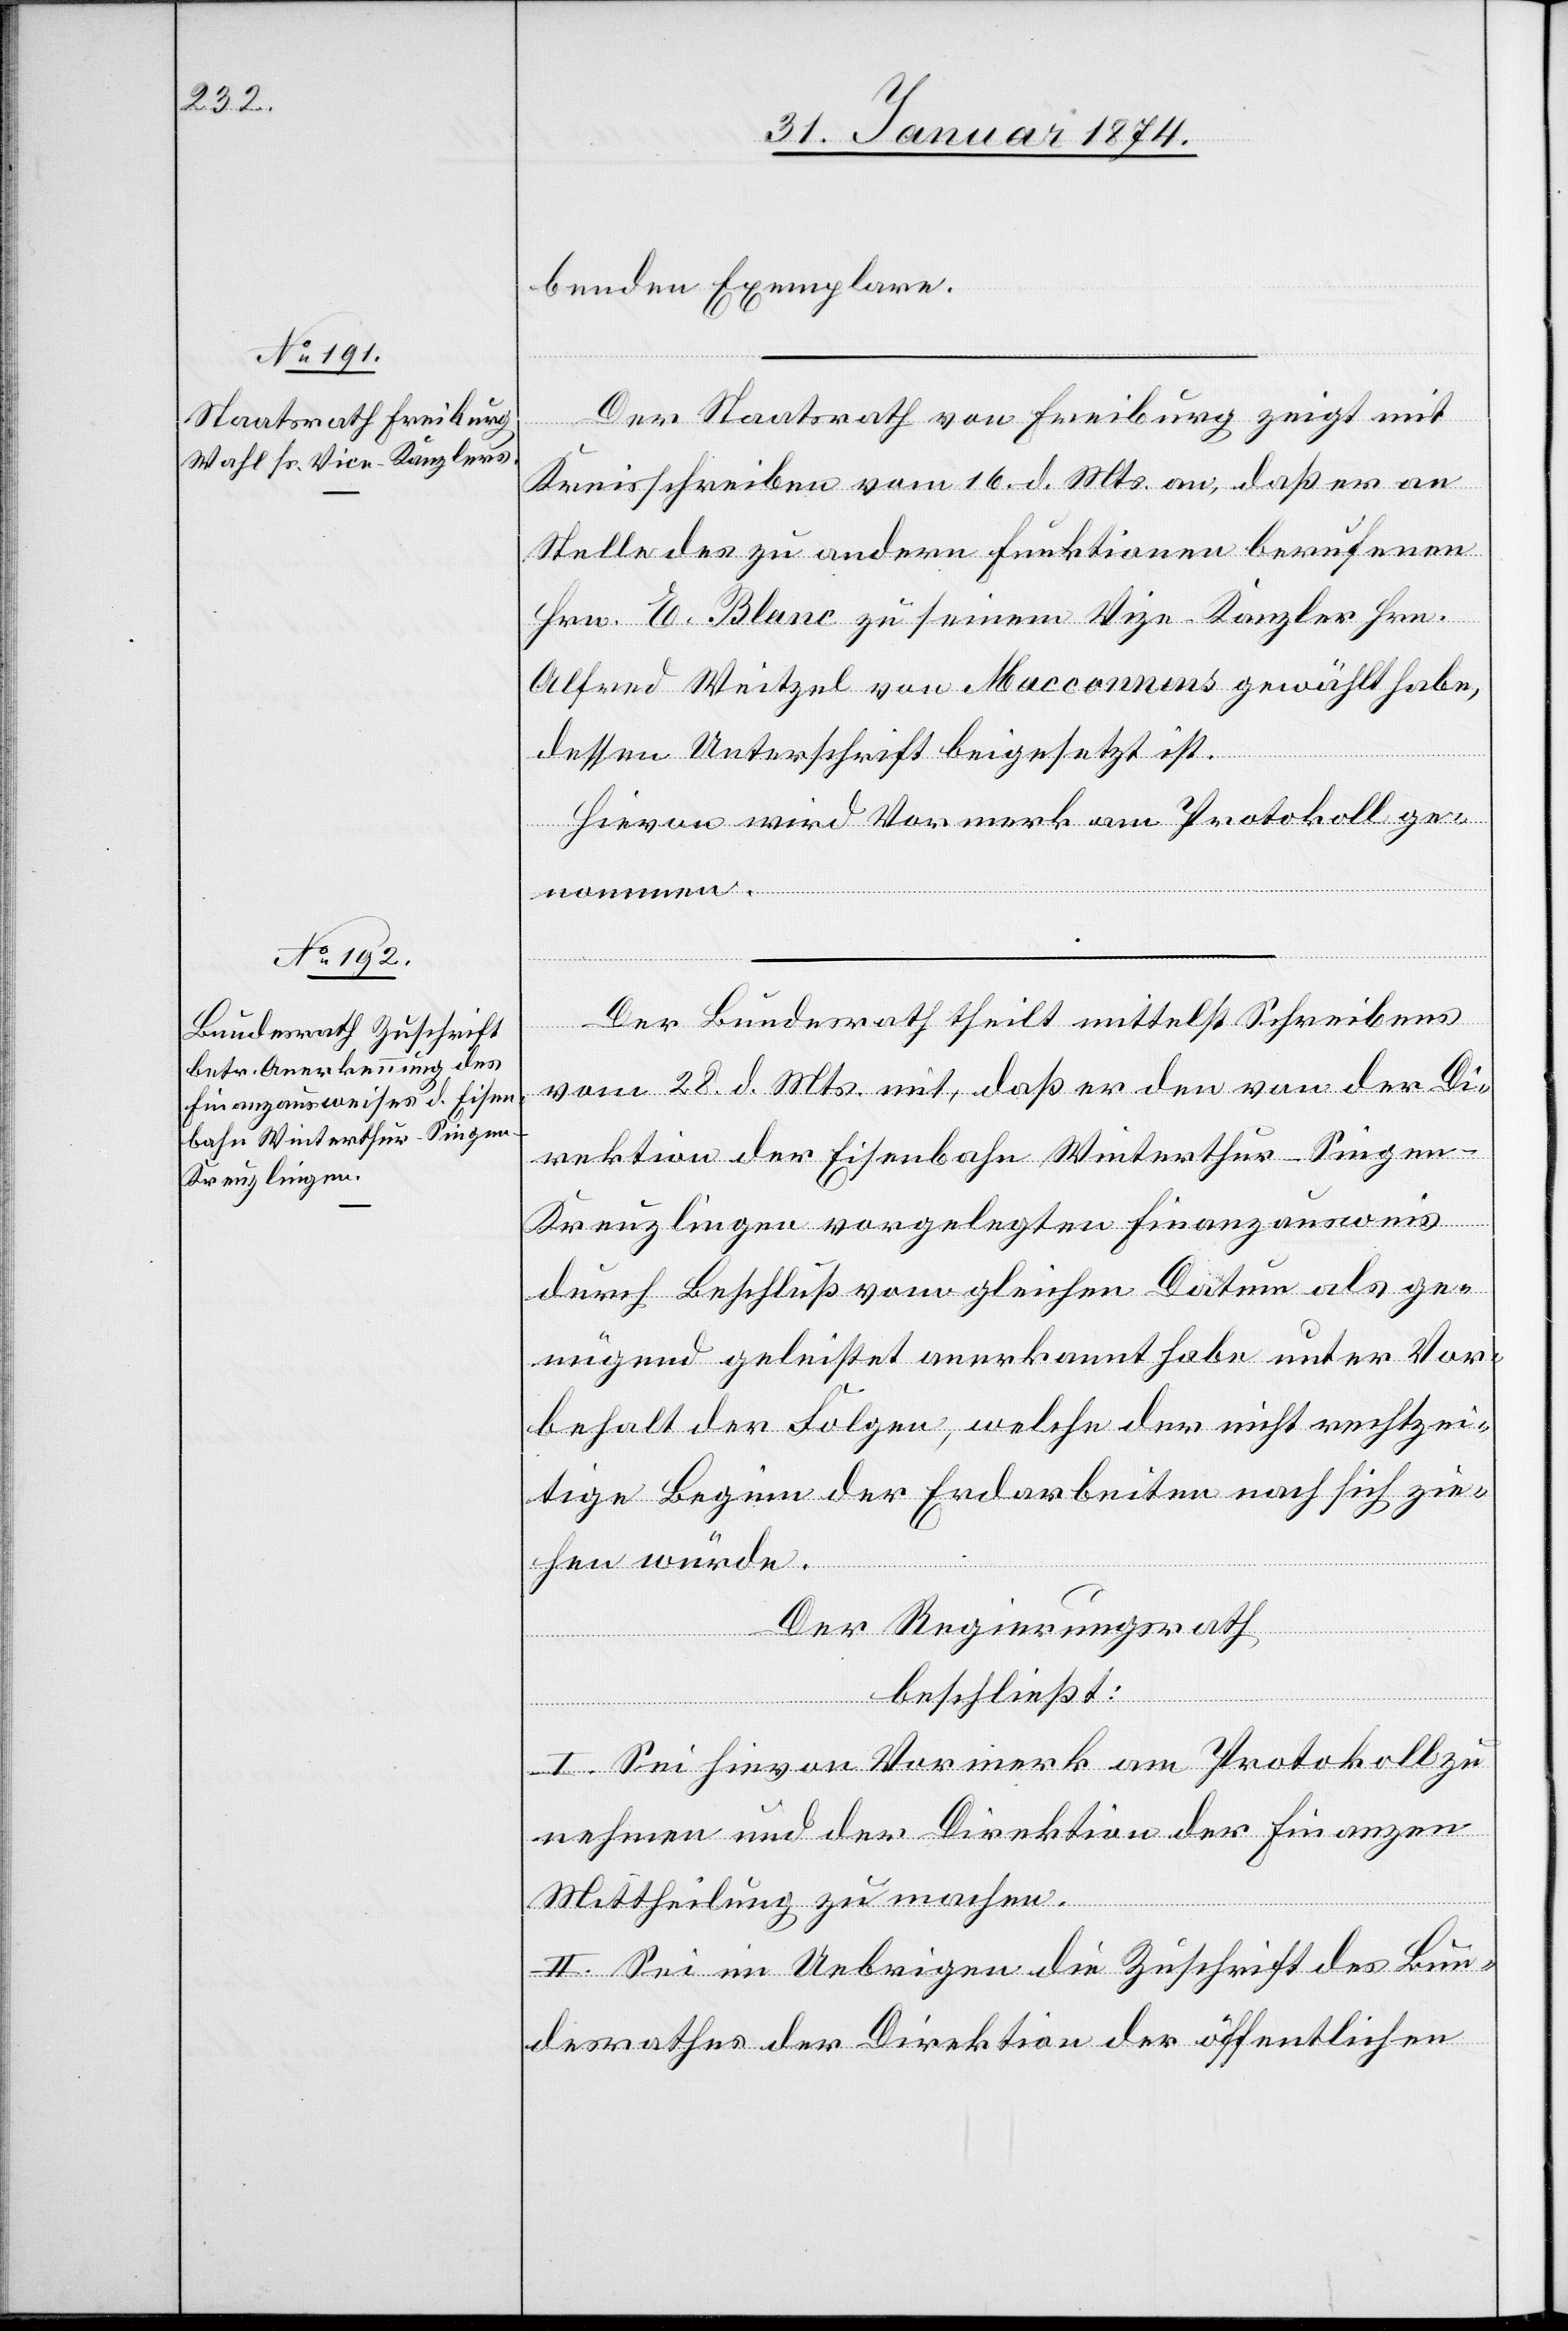
benden Exemplaren.
Der Staatsrath von Freiburg zeigt mit
Kreisschreiben vom 16. d. Mts. an, daß er an
Stelle des zu andern Funktionen berufenen
Hrn. Blanc zu seinem Vize-Kanzler Hrn.
Alfred Weitzel von Macconnens gewählt habe,
dessen Unterschrift beigesetzt ist.
Hievon wird Vormerk am Protokoll ge¬
Der Bundesrath theilt mittelst Schreibens
nommen.
vom 28. d. Mts. mit, daß er den von der Di¬
rektion der Eisenbahn Winterthur-Singe¬
n-Kreuzlingen vorgelegten Finanzausweis
durch Beschluß vom gleichen Datum als ge¬
nügend geleistet anerkannt habe unter Vor¬
behalt der Folgen, welche der nicht rechtzei¬
tige Beginn der Erdarbeiten nach sich zie¬
hen würde.
Der Regierungsrath
beschließt:
I. Sei hievon Vormerk am Protokoll zu
nehmen und der Direktion der Finanzen
Mittheilung zu machen.
II. Sei im Uebrigen die Zuschrift des Bun¬
desrathes der Direktion der öffentlichen